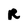
Character: R